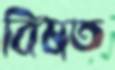
বিষত